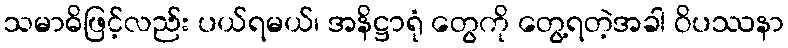
သမာဓိဖြင့်လည်း ပယ်ရမယ်၊ အနိဋ္ဌာရုံ တွေကို တွေ့ရတဲ့အခါ ဝိပဿနာ